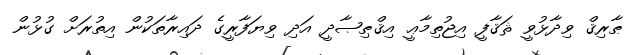
ޠާރިޤް ވިދާޅުވީ ޘަޤާފީ އިޖުތިމާޢީ އިޤްޠިޞާދީ އަދި ވިޔަފާރީގެ ދައިރާތަކުން އިތުރަށް ގުޅުން